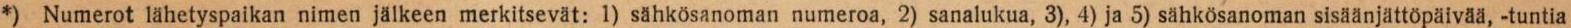
*) Numerot lähetyspaikan nimen jälkeen merkitsevät: 1) sähkösanoman numeroa, 2) sanalukua, 3), 4) ja 5) sähkösanoman sisäänjättöpäivää, -tuntia